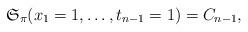
LaTeX: \begin{align*}\mathfrak{S}_{\pi}(x_1=1,\ldots,t_{n-1}=1)= C_{n-1},\end{align*}